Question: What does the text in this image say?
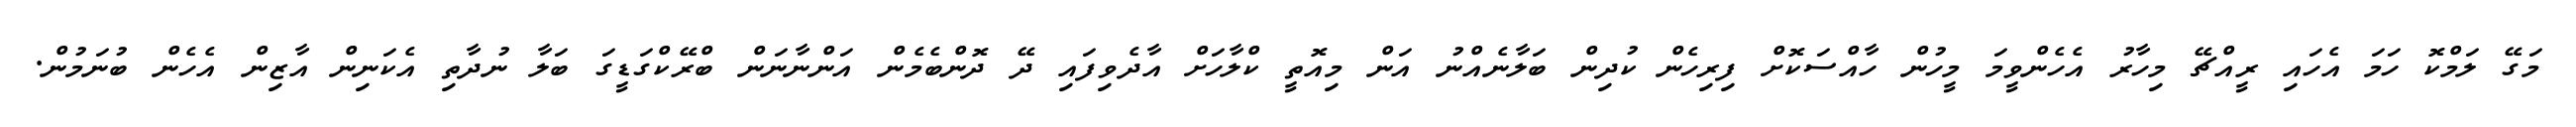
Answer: މަގޭ ލަމްކޮ ހަމަ އެހައި ރީއްޗޭ މިހާރު އެހެންވީމަ މީހުން ހާއްސަކޮށް ފިރިހެން ކުދިން ބަލާނެއްނު އަން މިއޮތީ ކްލާހަށް އާދެވިފައި ދޭ ދޮންބެމެން އަންނާނަން ބްރޭކްގަޑީގަ ބަލާ ނުދާތި އެކަނިން އާޒިން އެހެން ބުނަމުން.